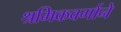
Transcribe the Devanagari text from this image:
श्रमिकवर्गाने